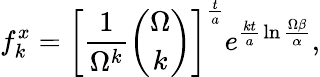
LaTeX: f_{k}^{x}=\left[{\frac{1}{\Omega^{k}}}{\binom{\Omega}{k}}\right]^{\frac{t}{a}}e^{{\frac{kt}{a}}\ln{\frac{\Omega\beta}{\alpha}}},